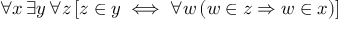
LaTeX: \forall x \, \exists y \, \forall z \, [ z \in y \iff \forall w \, ( w \in z \Rightarrow w \in x ) ]